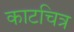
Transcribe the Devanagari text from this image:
काटचित्र